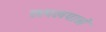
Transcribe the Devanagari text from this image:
लपलपाने